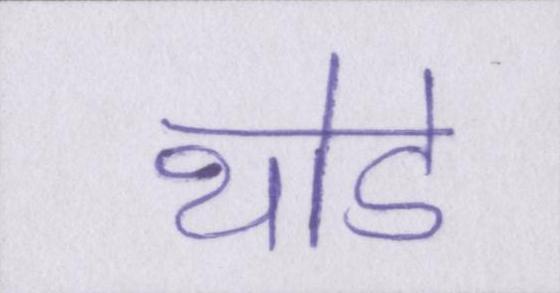
थोडे